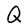
Character: Q